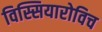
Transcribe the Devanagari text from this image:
विस्सियारोविच